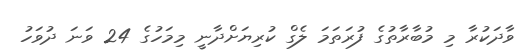
ވާދަކުރާ މި މުބާރާތުގެ ފުރަތަމަ ލެގް ކުރިޔަށްދާނީ މިމަހުގެ 24 ވަނަ ދުވަހު